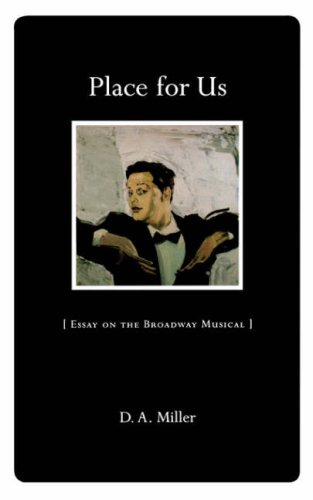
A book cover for Place for Us: Essay on the Broadway Musical; D. A. Miller; Literature & Fiction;